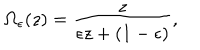
LaTeX: \Omega _ { \epsilon } ( z ) = { \frac { z } { \epsilon z + ( 1 - \epsilon ) } } ,